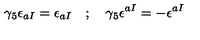
\gamma _ { 5 } \epsilon _ { a I } = \epsilon _ { a I } \quad ; \quad \gamma _ { 5 } \epsilon ^ { a I } = - \epsilon ^ { a I }